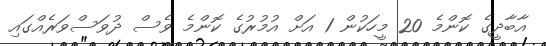
އާބާދީގެ ކޮންމެ 20 މީހަކުން 1 އަށް އުމުރުގެ ކޮންމެ ވެސް ދުވަސްވަރެއްގައި